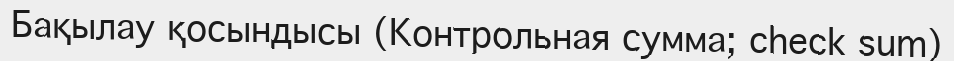
Бақылау қосындысы (Контрольная сумма; check sum)